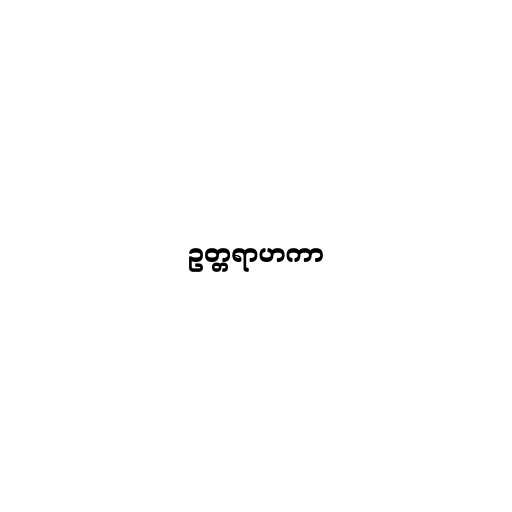
ဥတ္တရာဟကာ